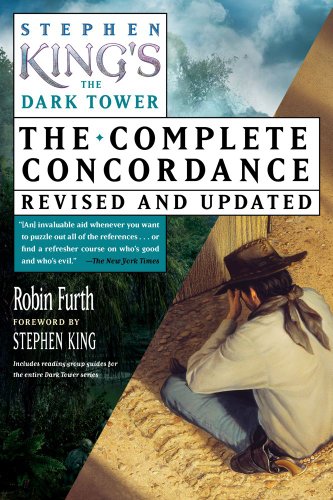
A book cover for Stephen King's The Dark Tower: The Complete Concordance, Revised and Updated; Robin Furth; Science Fiction & Fantasy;